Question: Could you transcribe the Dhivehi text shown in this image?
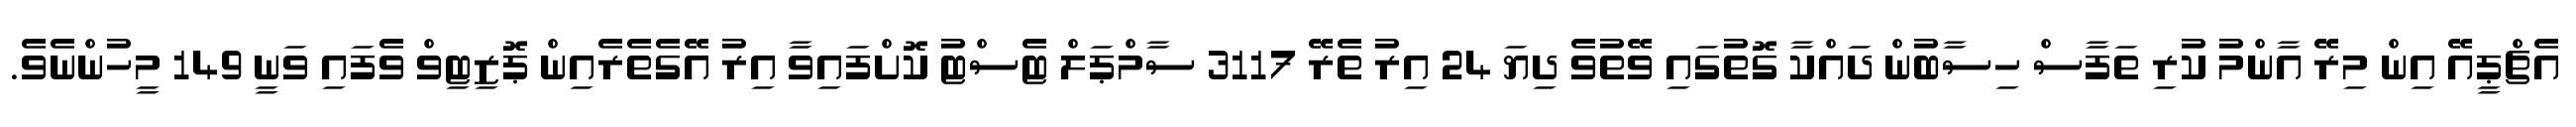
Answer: އެޗްޕީއޭ އިން މިރޭ އާންމު ކުރި ތަފާސް ހިސާބުން ދައްކާ ގޮތުގައި ވޭތުވެ ދިޔަ 24 އިރު ތެރޭ 3117 ސާމްޕަލް ޓެސްޓު ކޮށްފައިވާ އިރު އޭގެތެރެއިން ޕޮޒިޓިވް ވެފައި ވަނީ 149 މީހުންނެވެ.